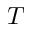
T